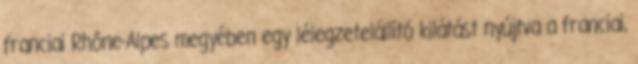
franciai Rhône-Alpes megyében egy lélegzetelállító kilátást nyújtva a franciai,